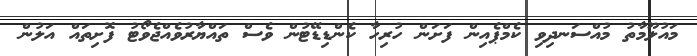
މައުލޫމާތު މުއްސަނދިވި ކެމްޕެއިން ފަށަން ހުރިހާ ކެންޑިޑޭޓުން ވެސް ތައްޔާރުވެއްޖެވޯޓު ފޮށިތައް އަލުން